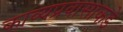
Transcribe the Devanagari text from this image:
काव्यप्रवासाकडे